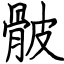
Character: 骳